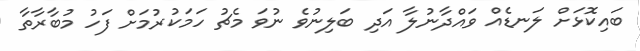
ބައިކޮޅަށް ލަނޑެއް ވައްދާނުލާ އަދި ބަލިނުވެ ނުވަ މެޗު ހަމަކުރުމަށް ފަހު މުބާރާތާ